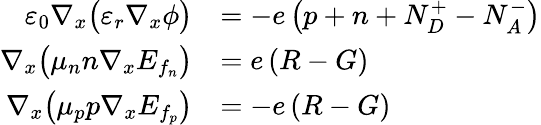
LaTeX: \begin{array}{r}{\begin{array}{rl}{\varepsilon_{0}\nabla_{x}\big(\varepsilon_{r}\nabla_{x}{\phi}\big)}&{=-e\left(p+n+N_{D}^{+}-N_{A}^{-}\right)}\\ {\nabla_{x}\big(\mu_{n}n\nabla_{x}E_{f_{n}}\big)}&{=e\left(R-G\right)}\\ {\nabla_{x}\big(\mu_{p}p\nabla_{x}E_{f_{p}}\big)}&{=-e\left(R-G\right)}\end{array}}\end{array}